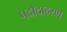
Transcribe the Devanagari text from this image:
पदोदाहरण